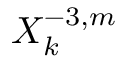
X _ { k } ^ { - 3 , m }